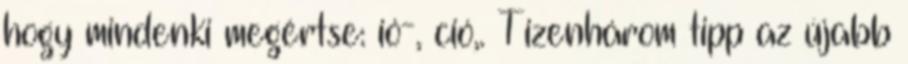
hogy mindenki megértse: ió-, ció,. Tizenhárom tipp az újabb